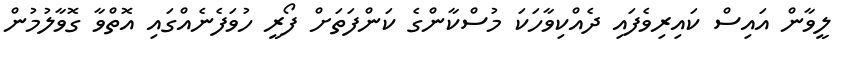
ލީވާން އައިސް ކައިރިވެފައި ދެއްކިވާހަކަ މުސްކާންގެ ކަންފަތަށް ފޯރީ ހުވަފެނެއްގައި އޮތްވާ ގޮވާލުމުން